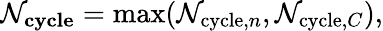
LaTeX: \mathcal{N}_{\mathbf{{cycle}}}=\operatorname*{max}(\mathcal{N}_{\mathrm{{cycle}},n},\mathcal{N}_{\mathrm{{cycle}},C}),